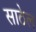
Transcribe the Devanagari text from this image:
साठेल